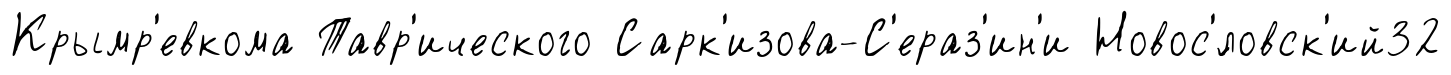
Крымр'евкома Тавр'ического Сарк'изова-С'ераз'ин'и Новос'́ловск'ий32